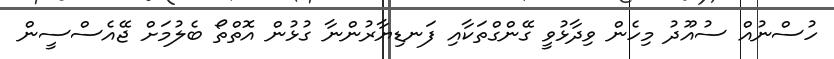
ހުސްނުއް ސުއޫދު މިހެން ވިދާޅުވީ ގޭންގްތަކާއި ފަނޑިޔާރުންނާ ގުޅުން އޮތްތޯ ބެލުމަށް ޖޭއެސްސީން